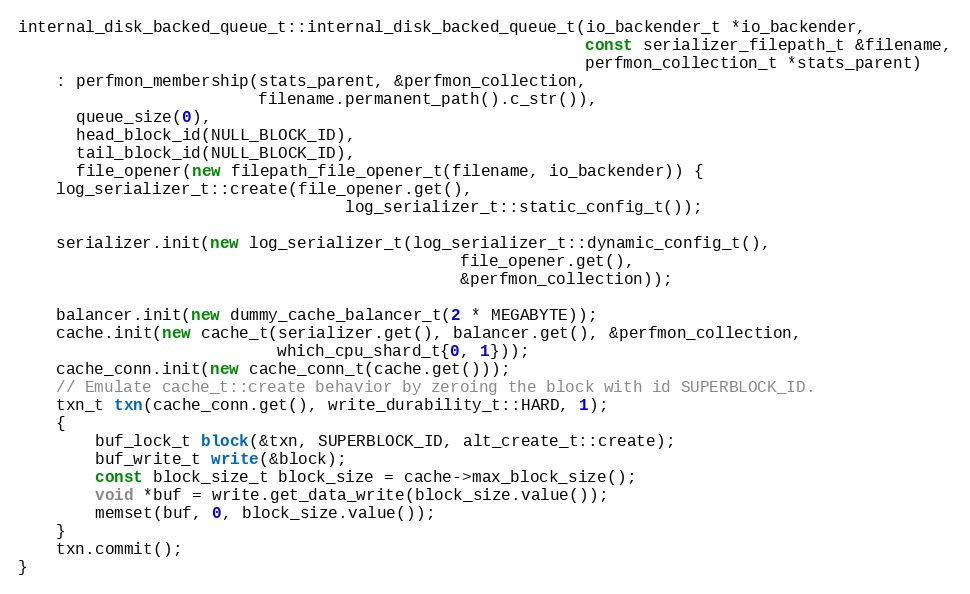
Language: C++
internal_disk_backed_queue_t::internal_disk_backed_queue_t(io_backender_t *io_backender,
                                                           const serializer_filepath_t &filename,
                                                           perfmon_collection_t *stats_parent)
    : perfmon_membership(stats_parent, &perfmon_collection,
                         filename.permanent_path().c_str()),
      queue_size(0),
      head_block_id(NULL_BLOCK_ID),
      tail_block_id(NULL_BLOCK_ID),
      file_opener(new filepath_file_opener_t(filename, io_backender)) {
    log_serializer_t::create(file_opener.get(),
                                  log_serializer_t::static_config_t());

    serializer.init(new log_serializer_t(log_serializer_t::dynamic_config_t(),
                                              file_opener.get(),
                                              &perfmon_collection));

    balancer.init(new dummy_cache_balancer_t(2 * MEGABYTE));
    cache.init(new cache_t(serializer.get(), balancer.get(), &perfmon_collection,
                           which_cpu_shard_t{0, 1}));
    cache_conn.init(new cache_conn_t(cache.get()));
    // Emulate cache_t::create behavior by zeroing the block with id SUPERBLOCK_ID.
    txn_t txn(cache_conn.get(), write_durability_t::HARD, 1);
    {
        buf_lock_t block(&txn, SUPERBLOCK_ID, alt_create_t::create);
        buf_write_t write(&block);
        const block_size_t block_size = cache->max_block_size();
        void *buf = write.get_data_write(block_size.value());
        memset(buf, 0, block_size.value());
    }
    txn.commit();
}